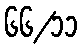
၆၆/၁၁